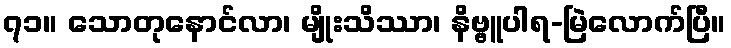
၇၁။ သောတုနောင်လာ၊ မျိုးသိဿာ၊ နိဗ္ဗူပါရ-မြဲလောက်ပြီ။